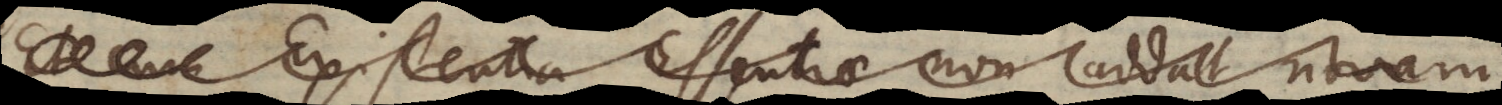
Existentia Essentiae non addat novam